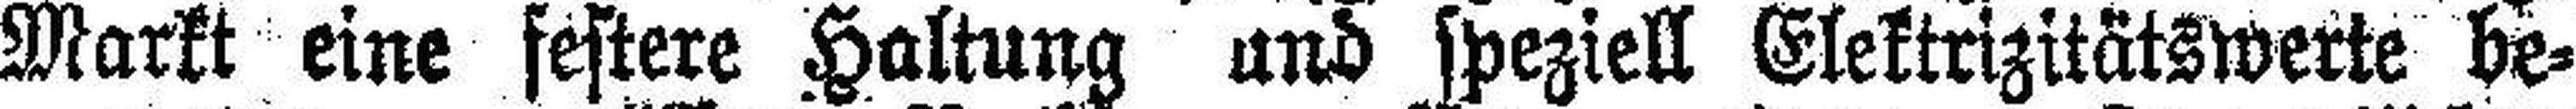
Markt eine festere Haltung und speziell Elektrizitätswerte be¬